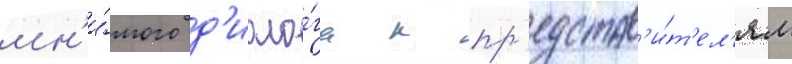
мн'и́мого д'иало́га к пр'едстав'и́т'ел'ям